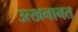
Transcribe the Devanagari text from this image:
उत्खनानत